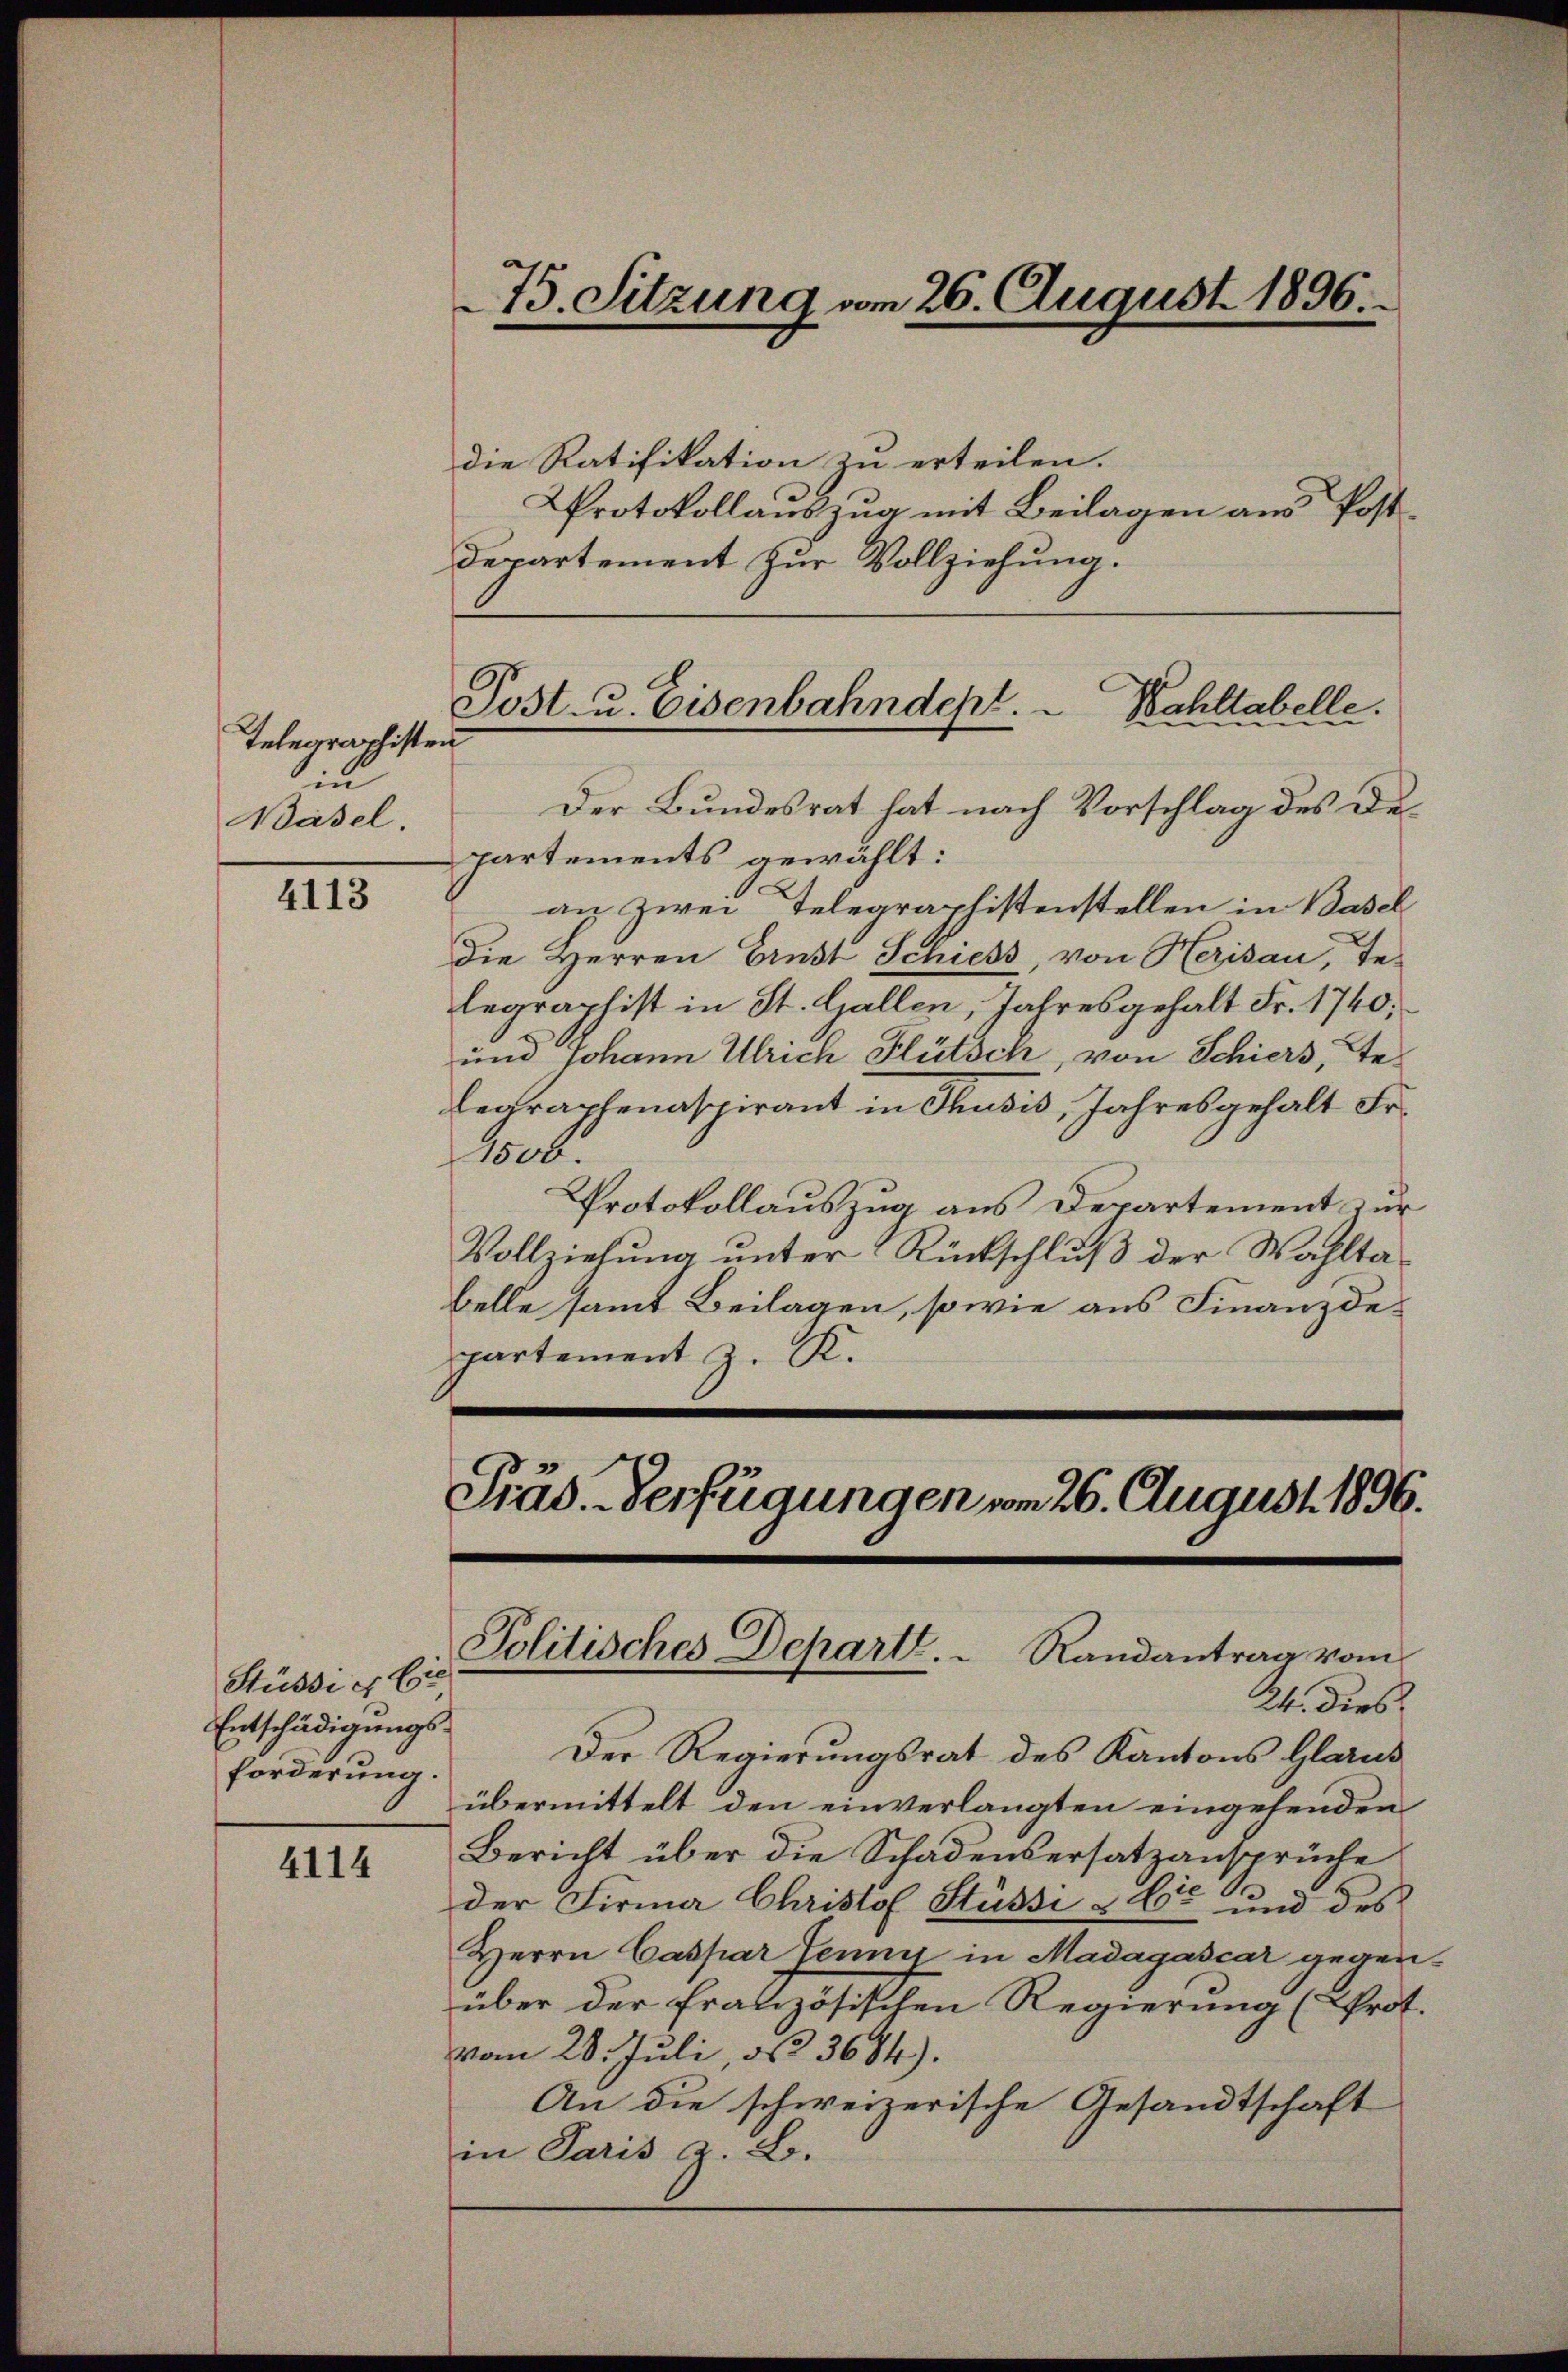
Telegraphisten
i
Basel.

4113

Stüssig Ei
Entschädigungsforderung.

4114

die Ratifikation zu erteilen.
Protokollauszug mit Beilagen aus Post¬
Departement zur Vollziehung.
Der Bundesrat hat nach Vorschlag des Departements gewählt:
an zwei Telegraphistenstellen in Basel
die Herren Ernst Schiess, von Herisau, Te-
legraphist in St. Gallen, Jahresgehalt Fr. 1740;
und Johann Ulrich Flütsch, von Schiers, Te-
legraphenaspirant in Thusis, Jahresgehalt Fr.
1806.
Protokollauszug aus Departement zur
Vollziehung unter Rückschluß der Wahltabelle samt Beilagen, sowie aus Finanzdepartement z. R.

75. Sitzung vom 26. August 1896.

Post- u. Eisenbahndept. Wahltabelle.

Präd. Verfügungen vom 26. August 1896.
Politisches Departe.  Randantrag vom

24. dies
Der Regierungsrat des Kantons Glarus
übermittelt den einverlangten eingehenden
Bericht über die Schadensersatzansprüche
der Firma Christof Stüssi & Cie und des
Herrn Caspar Jenny in Madagascar gegenüber der französischen Regierung (Prot.
vom 28. Juli, No 3684).
An die schweizerische Gesandtschaft
in Paris z. B.